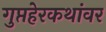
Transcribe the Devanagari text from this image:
गुप्तहेरकथांवर